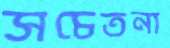
সচেতনা